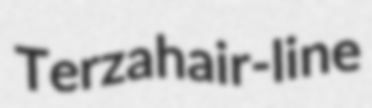
Terza hair-line